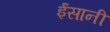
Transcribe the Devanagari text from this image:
ईंसानी